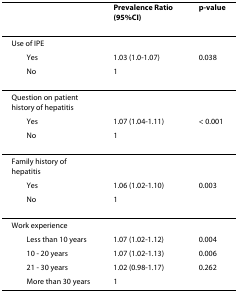
<table><thead><tr><td></td><td><b>Prevalence Ratio(95%CI)</b></td><td><b>p-value</b></td></tr></thead><tbody><tr><td>Use of IPE</td><td></td><td></td></tr><tr><td> Yes</td><td>1.03 (1.0-1.07)</td><td>0.038</td></tr><tr><td> No</td><td>1</td><td></td></tr><tr><td>Question on patient history of hepatitis</td><td></td><td></td></tr><tr><td> Yes</td><td>1.07 (1.04-1.11)</td><td>&lt; 0.001</td></tr><tr><td> No</td><td>1</td><td></td></tr><tr><td>Family history of hepatitis</td><td></td><td></td></tr><tr><td> Yes</td><td>1.06 (1.02-1.10)</td><td>0.003</td></tr><tr><td> No</td><td>1</td><td></td></tr><tr><td>Work experience</td><td></td><td></td></tr><tr><td> Less than 10 years</td><td>1.07 (1.02-1.12)</td><td>0.004</td></tr><tr><td> 10 - 20 years</td><td>1.07 (1.02-1.13)</td><td>0.006</td></tr><tr><td> 21 - 30 years</td><td>1.02 (0.98-1.17)</td><td>0.262</td></tr><tr><td> More than 30 years</td><td>1</td><td></td></tr></tbody></table>